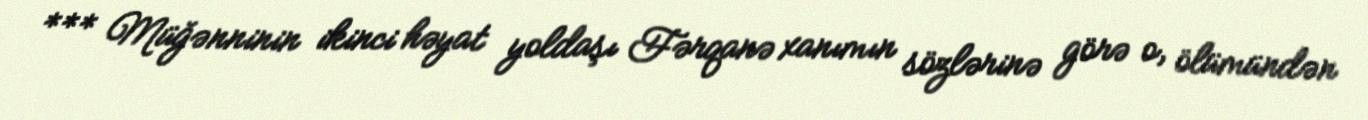
*** Müğənninin ikinci həyat yoldaşı Fərqanə xanımın sözlərinə görə o, ölümündən